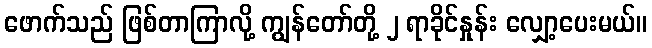
ဖောက်သည် ဖြစ်တာကြာလို့ ကျွန်တော်တို့ ၂ ရာခိုင်နှုန်း လျှော့ပေးမယ်။